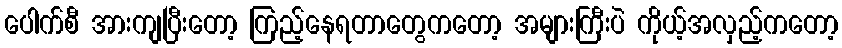
ပေါက်စီ အားကျပြီးတော့ ကြည့်နေရတာတွေကတော့ အများကြီးပဲ ကိုယ့်အလှည့်ကတော့